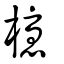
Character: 櫌